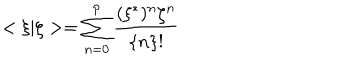
< \xi | \zeta > = \sum _ { n = 0 } ^ { p } \frac { ( \xi ^ { * } ) ^ { n } \zeta ^ { n } } { \{ n \} ! }